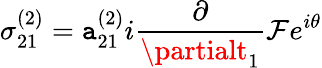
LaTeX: \sigma_{21}^{(2)}=\mathtt{a}_{21}^{(2)}i\frac{{\partial}}{{\partialt_{1}}}\mathcal{{F}}e^{i\theta}